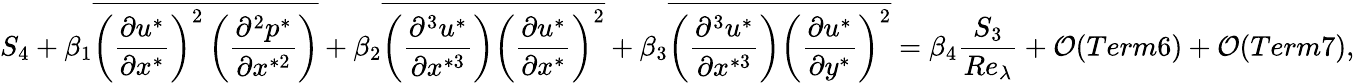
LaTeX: {S_{4}}+\beta_{1}\overline{{{{\left({\frac{{\partial{u^{*}}}}{{\partial{x^{*}}}}}\right)}^{2}}\left({\frac{{{\partial^{2}}{p^{*}}}}{{\partial{x^{*2}}}}}\right)}}+\beta_{2}\overline{{\left(\frac{\partial^{3}u^{*}}{\partial x^{*3}}\right)\left(\frac{\partial u^{*}}{\partial x^{*}}\right)^{2}}}+\beta_{3}\overline{{\left(\frac{\partial^{3}u^{*}}{\partial x^{*3}}\right)\left(\frac{\partial u^{*}}{\partial y^{*}}\right)^{2}}}={\beta_{4}}\frac{{{S_{3}}}}{{R{e_{\lambda}}}}+{\cal O}(Term6)+{\cal O}(Term7),